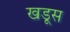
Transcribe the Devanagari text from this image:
खडूस